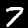
Label: 7